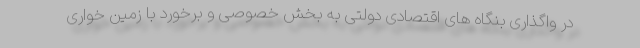
در واگذاری بنگاه های اقتصادی دولتی به بخش خصوصی و برخورد با زمین خواری